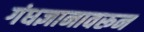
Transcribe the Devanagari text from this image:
गंधज्ञानावरून